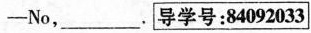
—No, ___. \Box{导学号:84092033}